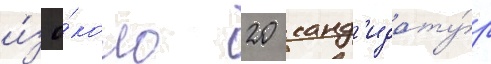
и́з о́коло 20 канд'идату́р